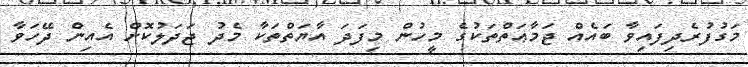
މަގުފުރެދިފައިވާ ބައެއް ޖަމާޢަތްތަކުގެ މީހުން މިފަދަ އާޔަތްތަކާ މެދު ޖަދަލުކޮށް އެއިން ދޭހަވާ